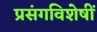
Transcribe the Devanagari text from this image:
प्रसंगविशेषीं